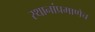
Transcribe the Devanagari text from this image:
स्थानांप्रमाणेच